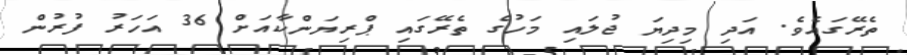
ތެރޭގައެވެ. އަދި މިދިޔަ ޖުލައި މަހުގެ ތެރޭގައި ޕްރިޔަންކާއަށް 36 އަހަރު ފުރުން